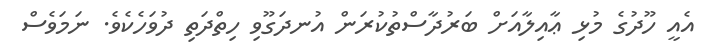
އެއީ ހޫދުގެ މުޅި ޢާއިލާއަށް ބަރުދާސްތުކުރަން އުނދަގޫވި ހިތްދަތި ދުވަހެކެވެ. ނަމަވެސް